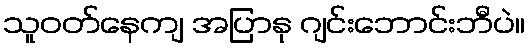
သူဝတ်နေကျ အပြာနု ဂျင်းဘောင်းဘီပဲ။